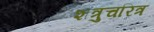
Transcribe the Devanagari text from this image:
शत्रुचरित्र